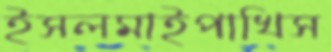
ইসলমাইপাখিস